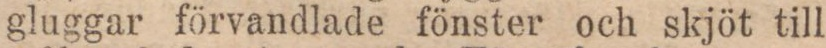
gluggar förvandlade fönster och skjöt till